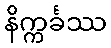
နိက္ကင်္ခဿ